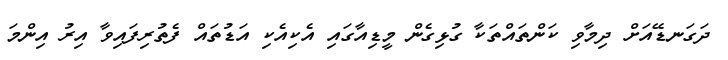
ދަގަނޑޭއަށް ދިމާވި ކަންތައްތަކާ ގުޅިގެން މީޑިއާގައި އެކިއެކި އަޑުތައް ފެތުރިފައިވާ އިރު އިންމަ